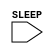
`timescale 1ns/1ps
`celldefine
module HEADX4 (SLEEP);
input SLEEP;



endmodule
`endcelldefine